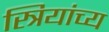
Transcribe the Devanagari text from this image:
स्त्रियांच्य